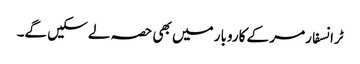
ٹرانسفارمر کے کاروبار میں بھی حصہ لے سکیں گے۔